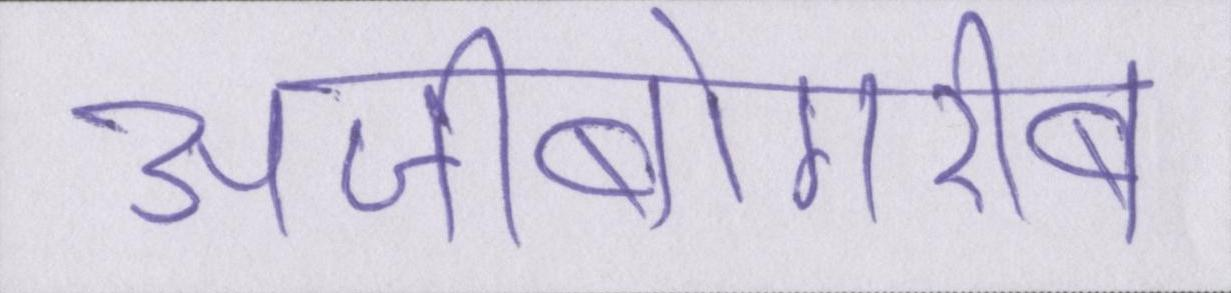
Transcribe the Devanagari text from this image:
अजीबोगरीब